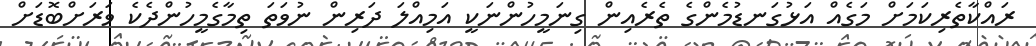
ރައްކާތެރިކަމަށް މަގެއް އަޅުގަނޑުމެންގެ ތެރެއިން ގިނަމީހުންނަކީ އަމިއްލަ ދަރިން ނުވަތަ ތިމާގެމީހުންދެކެ ވަރަށްބޮޑަށް